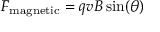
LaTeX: F _ { \mathrm { m a g n e t i c } } = q v B \sin ( \theta )